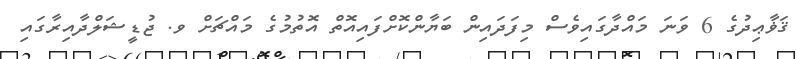
ޤަޥާޢިދުގެ 6 ވަނަ މައްދާގައިވެސް މިފަދައިން ބަޔާންކޮށްފައިއޮތް އޮތުމުގެ މައްޗަށް ވ. ޖުޑީޝަލްދާއިރާގައި